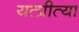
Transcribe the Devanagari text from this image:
यत्प्रीत्या